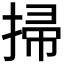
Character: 掃